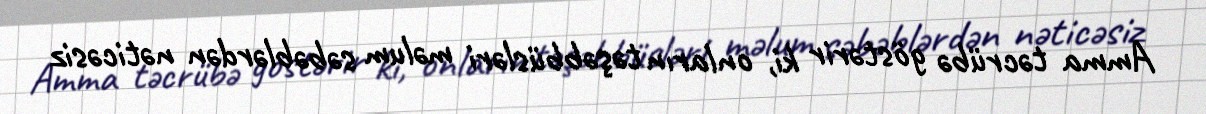
Amma təcrübə göstərir ki, onların təşəbbüsləri məlum səbəblərdən nəticəsiz